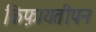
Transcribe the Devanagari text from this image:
किफ़ायतीपन